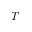
T